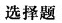
选择题